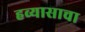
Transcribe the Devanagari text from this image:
हव्यासाचा